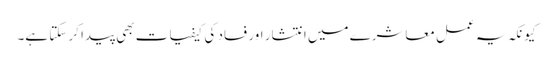
کیونکہ یہ عمل معاشرے میں انتشار اور فساد کی کیفیات بھی پیدا کر سکتا ہے۔